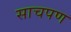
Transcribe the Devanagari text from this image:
साचपण